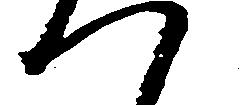
つ